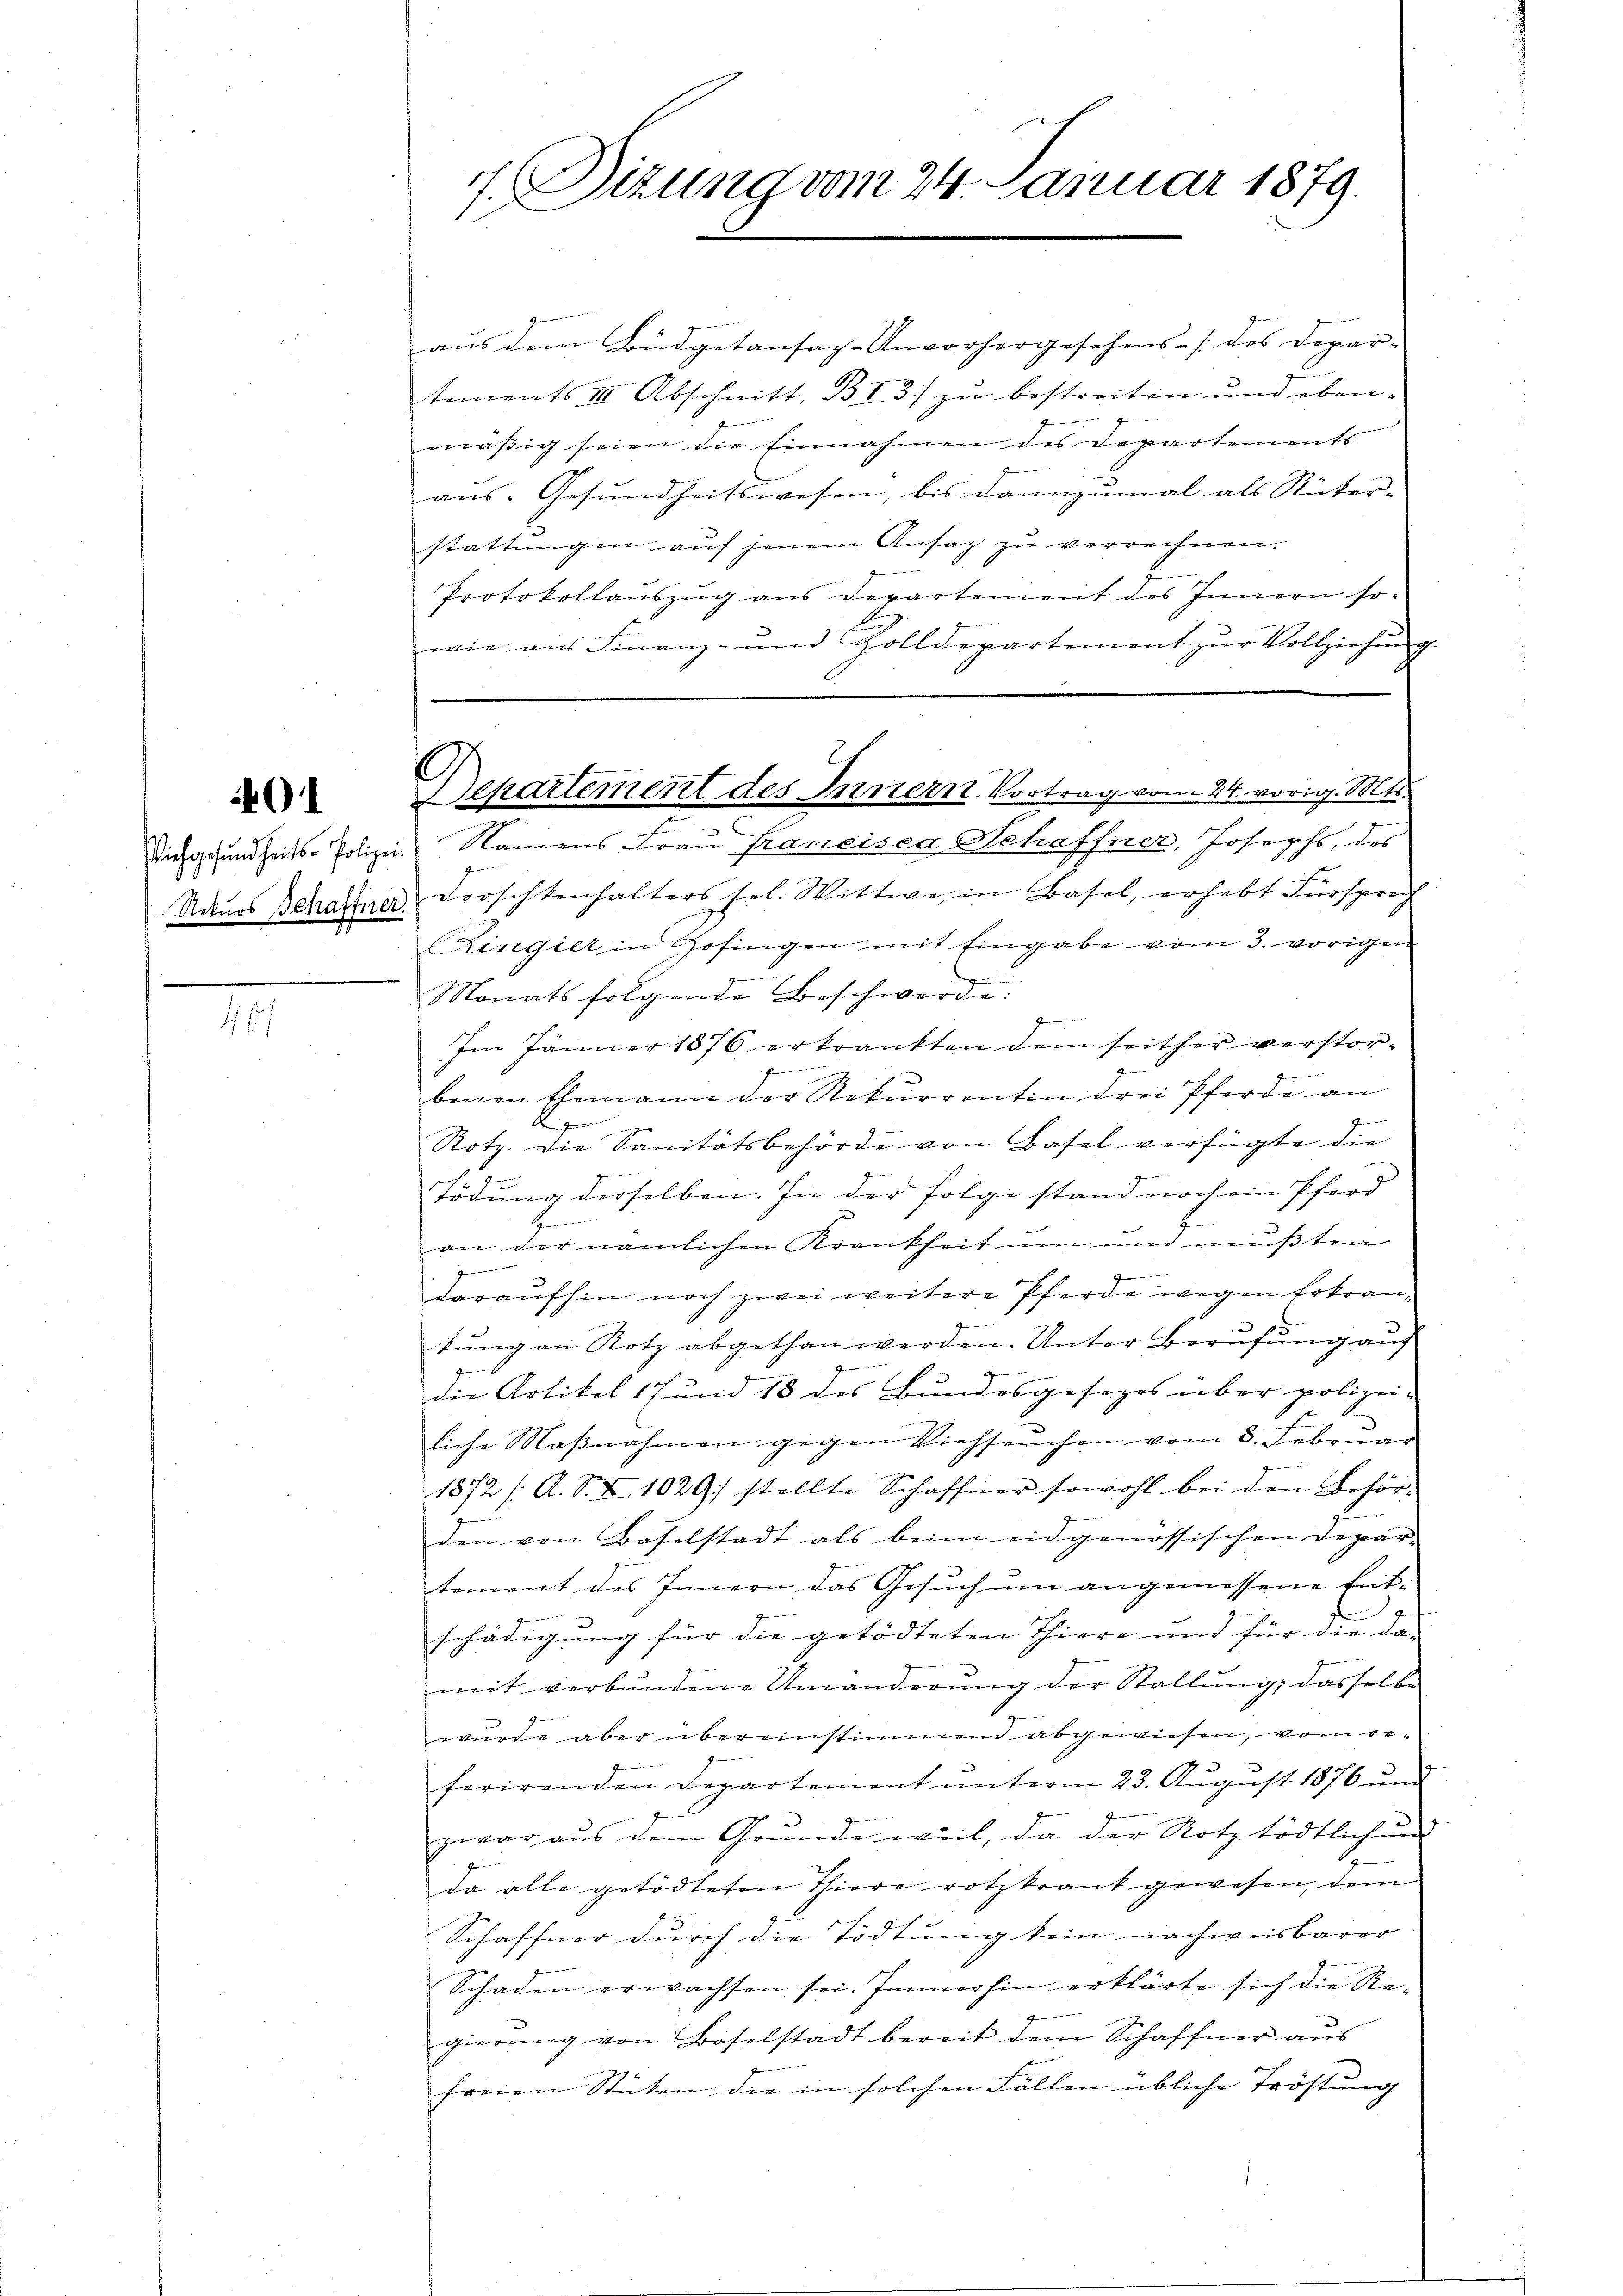
01

.

7. Dizung vom 24. Januar 1879.

aus dem Büdgetansaz-Unvorhergesehens- / des Depar-
tements III Abschnitt, BI3) zu bestreiten und ebenmäßig seien die Einnahmen des Departements
aŭs-Gesŭndheitswesen, bis dannzumal als Rüter-
stattungen auf jenem Ansag zu verrechnen.
x
Protokollauszug aus Departement des Innern so-
wie aŭs Finanz- und Zolldepartement zŭr Vollziehŭng
Vichgesundheits-Polizei. Namens Frau Franeisen Schaffner, Josephs, des
Nauos Schaffner Froschtenhalters sel. Wittwe in Basel, erhebt Fürsprech
Zingier in Zofingen mit Eingabe vom 3. vorigen
Monatsfolgende Beschwerde:
Gegen
Im Jänner 1876 erkrankten dem seither verstor¬
.
n
benen Ehemann der Rekurrentin drei Pferde an
Ge
d
Rotz. Die Sanitätsbehörde von Basel verfügte die
i
Tödung derselben. In der Folge stand noch ein Pferd
E
7
n
an der nämlichen Krankheit um und mußten
g
daraufhin noch zwei weitere Pferde wegen Erkrantung an Rotz abgethan werden. Unter Berufung auf
.
die Artikel 17 und 18 des Bundesgesezes über polizei-
liche Maβnahmen gegen Viehseuchen vom 8. Febrŭar
1872 /: A. S. X. 1029) stellte Schaffner sowohl bei den Behörden von Baselstadt als beim eidgenössischen Depar-
tement des Innern das Gesuch um angemessene Ent-
schädigung für die getödteten Thiere und für die da-
mit verbundene Umänderung der Stallung, dasselbe
wurde aber übereinstimmend abgewiesen, vom referirenden Departement ŭnterm 23. Aŭgŭst 1876 und
zwar aus dem Grunde weil, da der Notz tödtlichen
da alle getödteten Thiere rotzkrank gewesen, dem
Schaffner durch die Tödtung kein nachweisbarer
Schaden erwachsen sei. Immerhin erklärte sich die Re-
gierung von Baselstadt bereit dem Schaffner aus
freien Stücken die in solchen Fällen übliche Tröstung

Departement des Innern. Vortrag vom 24. vorig. Mts.